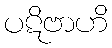
ပဋိဗာဟိ